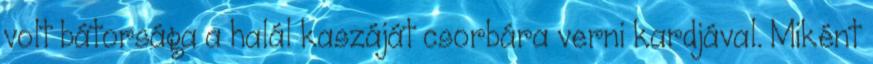
volt bátorsága a halál kaszáját csorbára verni kardjával. Miként